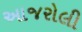
આજરોલી